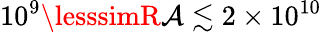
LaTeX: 10^{9}\lesssimR\mathcal{A}\lesssim2\times10^{10}